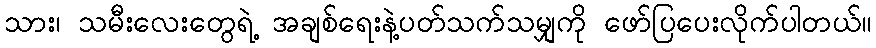
သား၊ သမီးလေးတွေရဲ့ အချစ်ရေးနဲ့ပတ်သက်သမျှကို ဖော်ပြပေးလိုက်ပါတယ်။